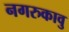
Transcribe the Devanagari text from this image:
नगरुकावु